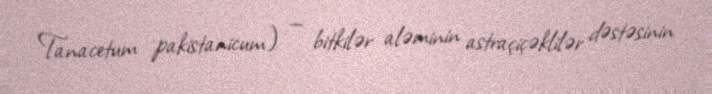
Tanacetum pakistanicum) — bitkilər aləminin astraçiçəklilər dəstəsinin